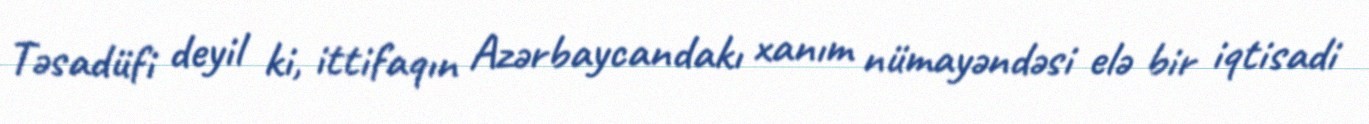
Təsadüfi deyil ki, ittifaqın Azərbaycandakı xanım nümayəndəsi elə bir iqtisadi